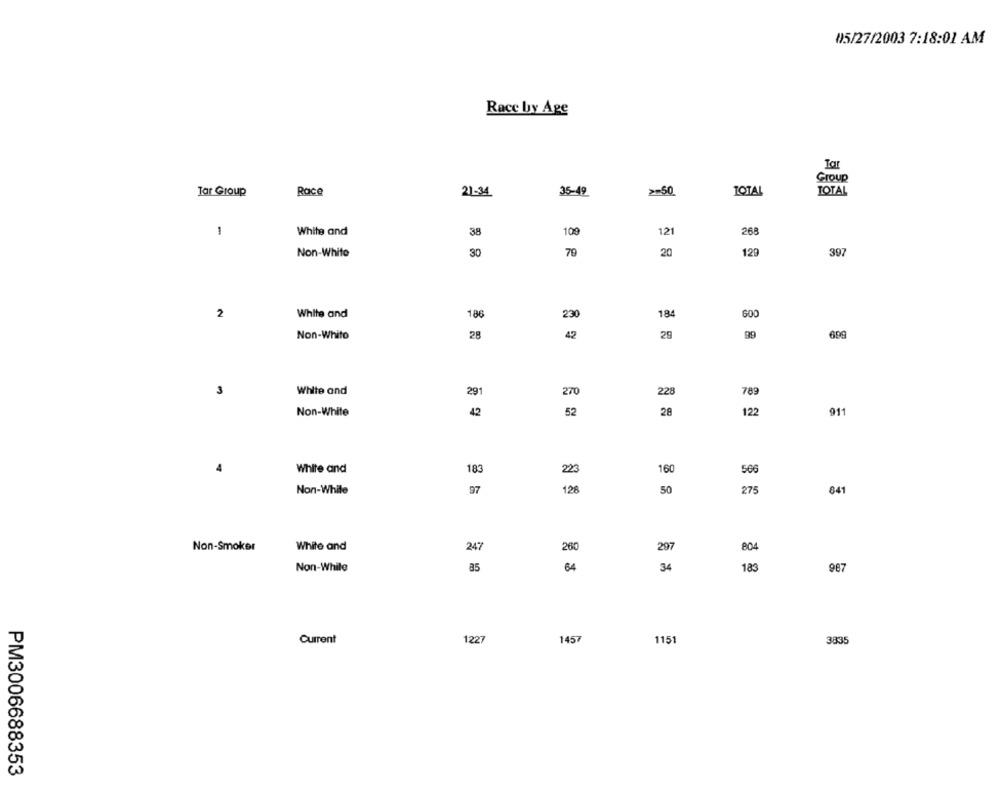
05/27/2003 7:18:01 AM
Race by Age
Group
TOTAL
Tar Group
Race
21-34
35-49
>=50
TOTAL
1
White and
38
109
121
268
Non-White
30
79
20
129
397
2
White and
186
230
184
600
Non-Whito
28
42
29
99
699
3
White and
291
270
228
789
Non-White
42
52
28
122
911
4
566
White and
183
223
160
Non-White
97
128
50
275
841
Non-Smoker
White and
247
804
260
297
Non-While
85
64
34
183
987
Current
1227
1457
115
3835
PM3006688353